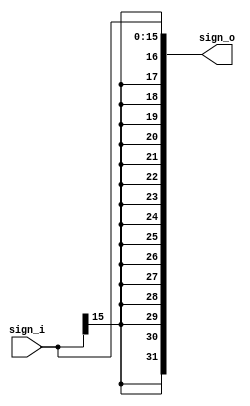
module sign_e (
    input wire [15:0] sign_i,
    output reg [31:0] sign_o
);
reg [15:0] extra;
always @(*)
    begin
        extra={16 {sign_i[15]}};
        sign_o={extra,sign_i};   

    end    
endmodule